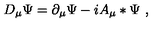
D _ { \mu } \Psi = \partial _ { \mu } \Psi - i A _ { \mu } * \Psi \ ,